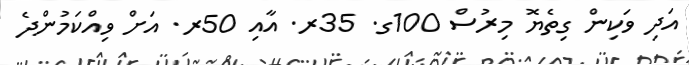
އަދި ވަކިން ގިތެޔޮ މިރުސް 100ގ. 35ރ. އާއި 50ރ. އަށް ވިއްކަމުންދެ